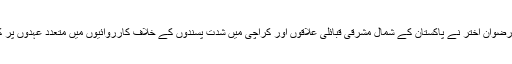
جنرل رضوان اختر نے پاکستان کے شمال مشرقی قبائلی علاقوں اور کراچی میں شدت پسندوں کے خلاف کارروائیوں میں متعدد عہدوں پر کام کیا۔